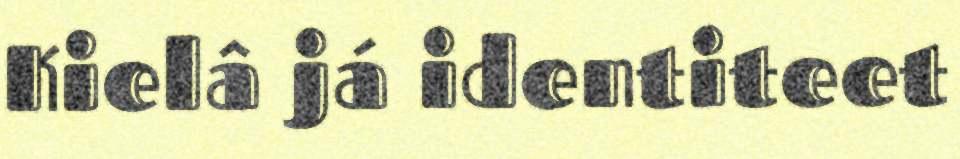
Kielâ já identiteet